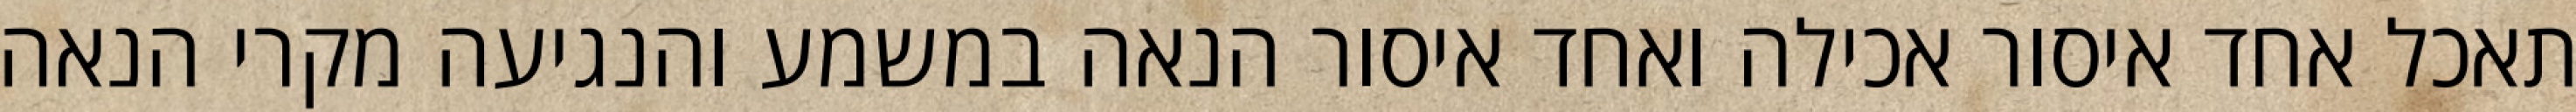
תאכל אחד איסור אכילה ואחד איסור הנאה במשמע והנגיעה מקרי הנאה